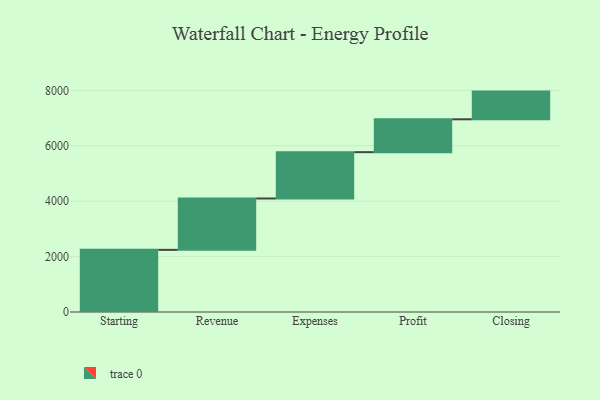
{"axis": {"x": "Step", "y": "Value"}, "legend": [""], "data": [{"x": "Starting", "y": 2243.0, "type": ""}, {"x": "Revenue", "y": 1855.0, "type": ""}, {"x": "Expenses", "y": 1672.0, "type": ""}, {"x": "Profit", "y": 1186.0, "type": ""}, {"x": "Closing", "y": 1000, "type": ""}]}